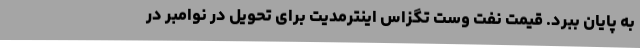
به پایان ببرد. قیمت نفت وست تگزاس اینترمدیت برای تحویل در نوامبر در